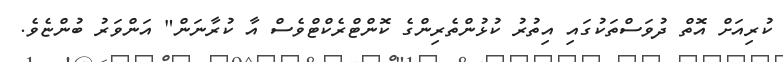
ކުރިއަށް އޮތް ދުވަސްތަކުގައި އިތުރު ކުޅުންތެރިންގެ ކޮންޓްރެކްޓްވެސް އާ ކުރާނަން" އަންވަރު ބުންޏެވެ.